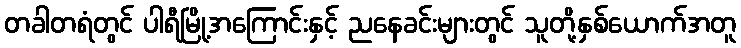
တခါတရံတွင် ပါရီမြို့အကြောင်းနှင့် ညနေခင်းများတွင် သူတို့နှစ်ယောက်အတူ